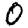
Digit: 0